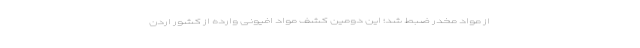
از مواد مخدر ضبط شد؛ این دومین کشف مواد افیونی وارده از کشور اردن